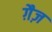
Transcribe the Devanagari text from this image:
ग़ैज़